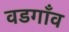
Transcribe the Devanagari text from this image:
वडगाँव